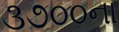
૩૭૦૦ના